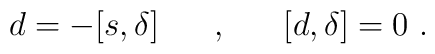
d=- [s,\delta ] \hspace{0.7cm},\hspace{0.7cm}[d,\delta]=0 \ .